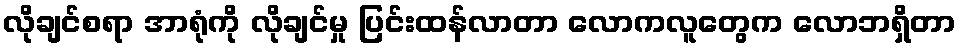
လိုချင်စရာ အာရုံကို လိုချင်မှု ပြင်းထန်လာတာ လောကလူတွေက လောဘရှိတာ